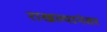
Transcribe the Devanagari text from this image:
राखल्यानंतर